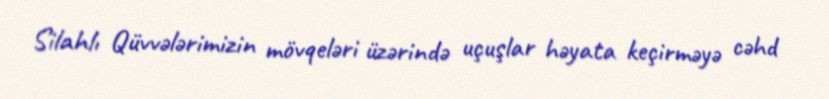
Silahlı Qüvvələrimizin mövqeləri üzərində uçuşlar həyata keçirməyə cəhd